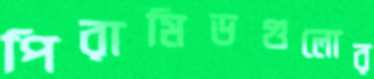
পিরামিডগুলোর